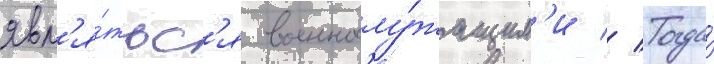
явл'я́тьс'я военнослу́жащим'и // Тогда́